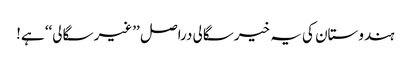
ہندوستان کی یہ خیرسگالی دراصل ’’غیر سگالی‘‘ ہے!